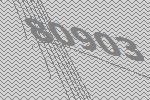
80903